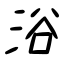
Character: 浴